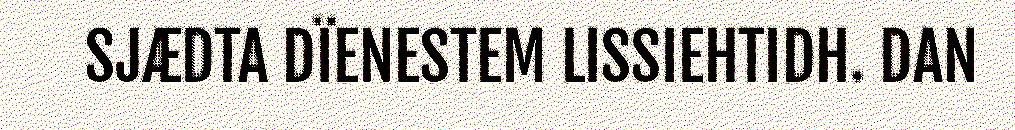
SJÆDTA DÏENESTEM LISSIEHTIDH. DAN